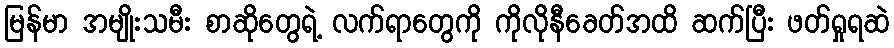
မြန်မာ အမျိုးသမီး စာဆိုတွေရဲ့ လက်ရာတွေကို ကိုလိုနီခေတ်အထိ ဆက်ပြီး ဖတ်ရှုရဆဲ